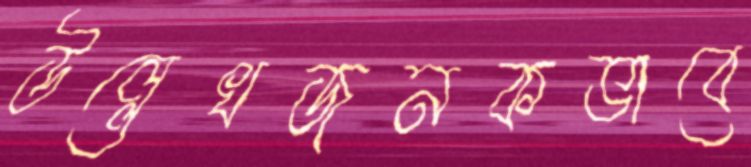
উল্লেখজনকভাবে